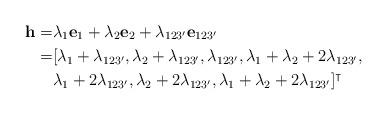
LaTeX: \begin{align*}\mathbf{h}=&\lambda_{1}\mathbf{e}_1+\lambda_{2}\mathbf{e}_2+\lambda_{123'}\mathbf{e}_{123'}\\=& [\lambda_1+\lambda_{123'},\lambda_2+\lambda_{123'},\lambda_{123'},\lambda_1+\lambda_2+2\lambda_{123'},\\&\lambda_1+2\lambda_{123'},\lambda_2+2\lambda_{123'},\lambda_1+\lambda_2+2\lambda_{123'}]^\intercal\end{align*}